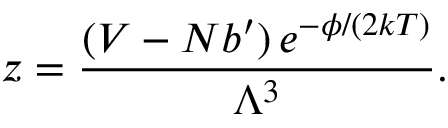
z = { \frac { ( V - N b ^ { \prime } ) \, e ^ { - \phi / ( 2 k T ) } } { \Lambda ^ { 3 } } } .